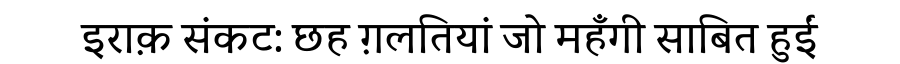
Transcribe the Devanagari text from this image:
इराक़ संकट: छह ग़लतियां जो महँगी साबित हुईं